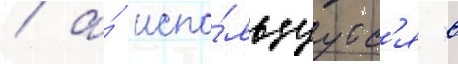
/ а́ испо́льзуутс'я в